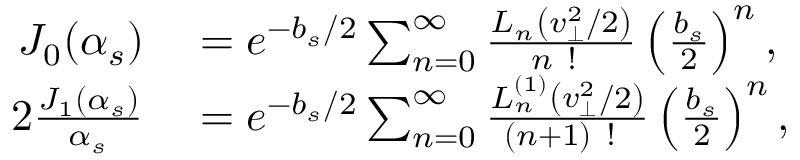
\begin{array} { r l } { J _ { 0 } ( \alpha _ { s } ) } & { { } = e ^ { - b _ { s } / 2 } \sum _ { n = 0 } ^ { \infty } \frac { L _ { n } \left( v _ { \perp } ^ { 2 } / 2 \right) } { n \mathrm { ~ ! ~ } } \left( \frac { b _ { s } } { 2 } \right) ^ { n } , } \\ { 2 \frac { J _ { 1 } ( \alpha _ { s } ) } { \alpha _ { s } } } & { { } = e ^ { - b _ { s } / 2 } \sum _ { n = 0 } ^ { \infty } \frac { L _ { n } ^ { ( 1 ) } \left( v _ { \perp } ^ { 2 } / 2 \right) } { ( n + 1 ) \mathrm { ~ ! ~ } } \left( \frac { b _ { s } } { 2 } \right) ^ { n } , } \end{array}